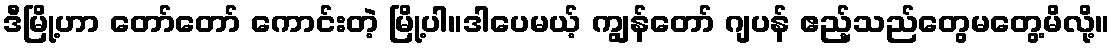
ဒီမြို့ဟာ တော်တော် ကောင်းတဲ့ မြို့ပါ။ဒါပေမယ့် ကျွန်တော် ဂျပန် ဧည့်သည်တွေမတွေ့မိလို့။